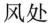
风处